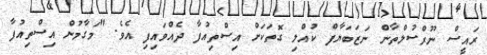
ރައީސް ނޫރްސުލްތާން ނަޒަބަޔާފް ކުއްލި ގޮތަކަށް އިސްތިއުފާ ދެއްވައިފި އެވެ. "މަގާމުން އިސްތިއުފާ